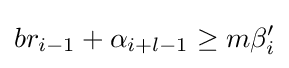
br_{i-1}+\alpha _{i+l-1}\geq m\beta _{i}^{\prime }